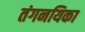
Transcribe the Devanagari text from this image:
तंगनयिका